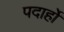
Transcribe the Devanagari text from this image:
पदार्हों